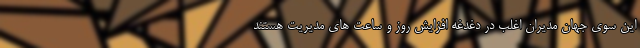
این سوی جهان مدیران اغلب در دغدغه افزایش روز و ساعت های مدیریت هستند